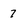
Character: 7